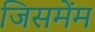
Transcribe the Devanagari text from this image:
जिसमेंम